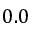
0 . 0